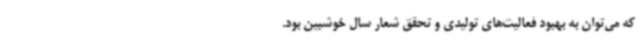
که می‌توان به بهبود فعالیت‌های تولیدی و تحقق شعار سال خوشبین بود.